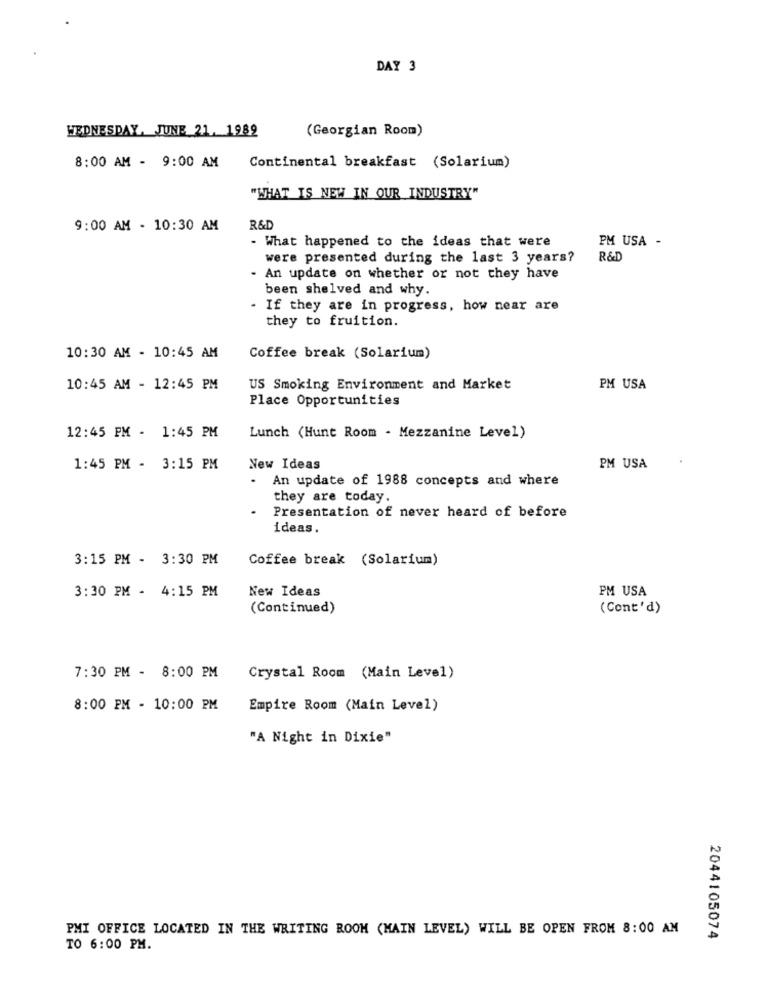
DAY 3
WEDNESDAY, JUNE 21, 1989
(Georgian Room)
8:00 AM - 9:00 AM
Continental breakfast (Solarium)
"WHAT IS NEW IN OUR INDUSTRY"
9:00 AM - 10:30 AM
R&D
- What happened to the ideas that were
PM USA -
were presented during the last 3 years?
R&D
. An update on whether or not they have
been shelved and why.
- If they are in progress, how near are
they to fruition.
10:30 AM - 10:45 AM
Coffee break (Solarium)
10:45 AM - 12:45 PM
US Smoking Environment and Market
PM USA
Place Opportunities
12:45 PM - 1:45 PM
Lunch (Hunt Room - Mezzanine Level)
1:45 PM - 3:15 PM
New Ideas
PM USA
.
An update of 1988 concepts and where
they are today.
Presentation of never heard of before
ideas.
3:15 PM - 3:30 PM
Coffee break (Solarium)
3:30 PM - 4:15 PM
New Ideas
PM USA
(Continued)
(Cont'd)
7:30 PM - 8:00 PM
Crystal Room (Main Level)
8:00 PM - 10:00 PM
Empire Room (Main Level)
"A Night in Dixie"
PMI OFFICE LOCATED IN THE WRITING ROOM (MAIN LEVEL) WILL BE OPEN FROM 8:00 AN
2044105074
TO 6:00 PM.